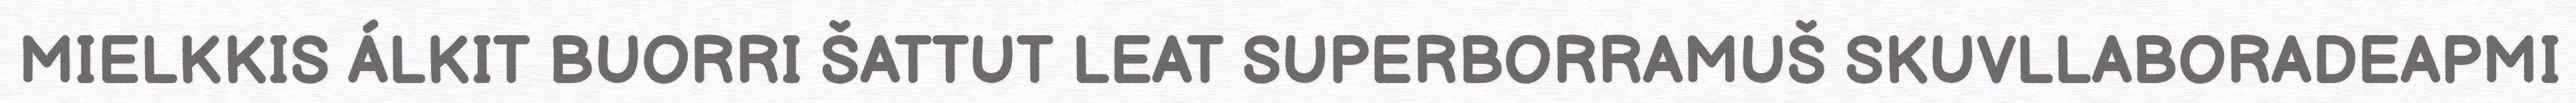
MIELKKIS ÁLKIT BUORRI ŠATTUT LEAT SUPERBORRAMUŠ SKUVLLABORADEAPMI